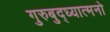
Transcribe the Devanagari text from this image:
गुरुबुद्ध्यात्मनो